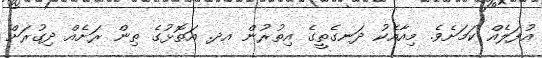
އުފަލެއް ކަމަށެވެ. މިއާއެކު ދަނގެތީގެ އިތުރުން އދ. އަތޮޅުގެ ތިން ރަށެއް ދިގުރަށް